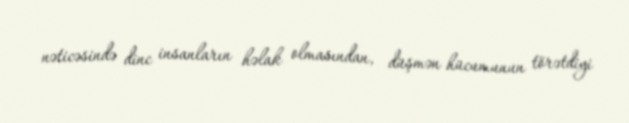
nəticəsində dinc insanların həlak olmasından, düşmən hücumunun törətdiyi